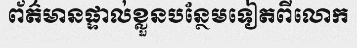
ព័ត៌មានផ្ទាល់ខ្លួនបន្ថែមទៀតពីលោក